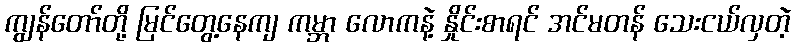
ကျွန်တော်တို့ မြင်တွေ့နေကျ ကမ္ဘာ လောကနဲ့ နှိုင်းစာရင် အင်မတန် သေးငယ်လှတဲ့